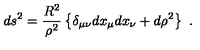
d s ^ { 2 } = \frac { R ^ { 2 } } { \rho ^ { 2 } } \left\{ \delta _ { \mu \nu } d x _ { \mu } d x _ { \nu } + d \rho ^ { 2 } \right\} \ .